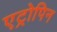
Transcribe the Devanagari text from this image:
एट्रोपिन